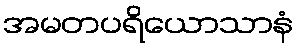
အမတပရိယောသာနံ